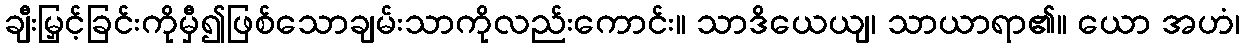
ချီးမြှင့်ခြင်းကိုမှီ၍ဖြစ်သောချမ်းသာကိုလည်းကောင်း။ သာဒိယေယျ၊ သာယာရာ၏။ ယော အဟံ၊